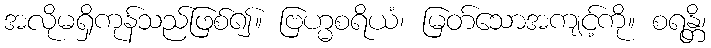
အလိုမရှိကုန်သည်ဖြစ်၍။ ဗြဟ္မစရိယံ၊ မြတ်သောအကျင့်ကို။ စရန္တိ၊